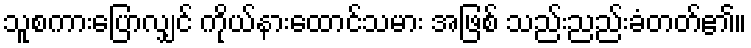
သူစကားပြောလျှင် ကိုယ်နားထောင်သမား အဖြစ် သည်းညည်းခံတတ်၏။